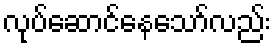
လုပ်ဆောင်နေသော်လည်း